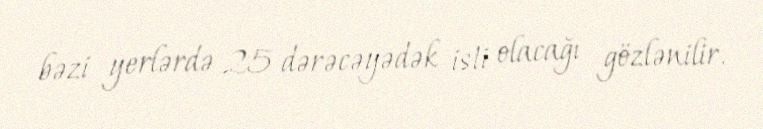
bəzi yerlərdə 25 dərəcəyədək isti olacağı gözlənilir.